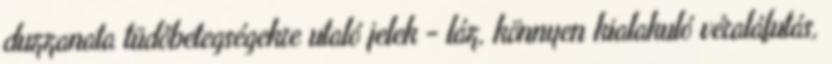
duzzanata tüdőbetegségekre utaló jelek - láz, könnyen kialakuló véraláfutás,